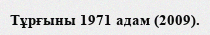
Тұрғыны 1971 адам (2009).